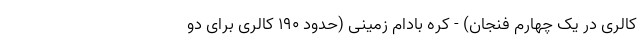
کالری در یک چهارم فنجان) - کره بادام زمینی (حدود 190 کالری برای دو